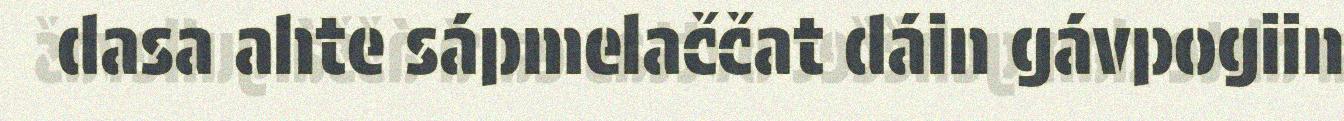
dasa ahte sápmelaččat dáin gávpogiin